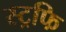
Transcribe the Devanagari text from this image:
स्ट्रफि